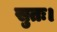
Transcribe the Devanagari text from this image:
सुतः।